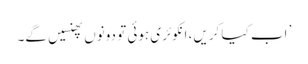
’ اب کیا کریں، انکوئری ہوئی تو دونوں پھنسیں گے۔